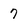
Character: 7